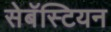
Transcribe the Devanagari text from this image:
सेबॅस्टियन